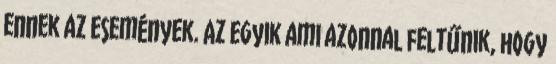
ennek az események. Az egyik ami azonnal feltűnik, hogy